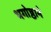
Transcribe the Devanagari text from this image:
भगोष्ठाने